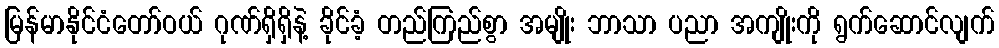
မြန်မာနိုင်ငံတော်ဝယ် ဂုဏ်ရှိရှိနဲ့ ခိုင်ခံ့ တည်ကြည်စွာ အမျိုး ဘာသာ ပညာ အကျိုးကို ရွက်ဆောင်လျက်